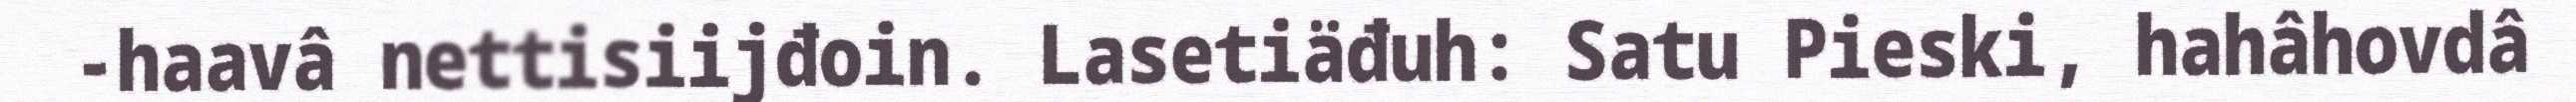
-haavâ nettisiijđoin. Lasetiäđuh: Satu Pieski, hahâhovdâ